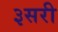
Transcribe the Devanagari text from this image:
३सरी